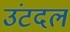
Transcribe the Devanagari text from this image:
उंटदल